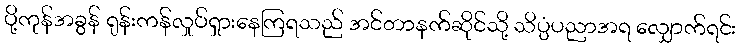
ပို့ကုန်အခွန် ရုန်းကန်လှုပ်ရှားနေကြရသည် အင်တာနက်ဆိုင်သို့ သိပ္ပံပညာအရ လျှောက်ရင်း